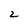
Character: 2